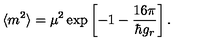
\langle m ^ { 2 } \rangle = \mu ^ { 2 } \exp \left[ - 1 - \frac { { 1 6 \pi } } { \hbar g _ { r } } \right] .